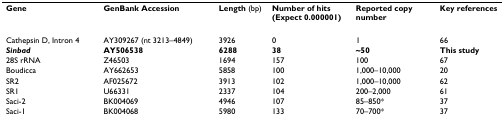
<table><thead><tr><td><b>Gene</b></td><td><b>GenBank Accession</b></td><td><b>Length (bp)</b></td><td><b>Number of hits (Expect 0.000001)</b></td><td><b>Reported copy number</b></td><td><b>Key references</b></td></tr></thead><tbody><tr><td>Cathepsin D, Intron 4</td><td>AY309267 (nt 3213–4849)</td><td>3926</td><td>0</td><td>1</td><td>66</td></tr><tr><td><b><i>Sinbad</i></b></td><td><b>AY506538</b></td><td><b>6288</b></td><td><b>38</b></td><td><b>~50</b></td><td><b>This study</b></td></tr><tr><td>28S rRNA</td><td>Z46503</td><td>1694</td><td>157</td><td>100</td><td>67</td></tr><tr><td>Boudicca</td><td>AY662653</td><td>5858</td><td>100</td><td>1,000–10,000</td><td>20</td></tr><tr><td>SR2</td><td>AF025672</td><td>3913</td><td>102</td><td>1,000–10,000</td><td>62</td></tr><tr><td>SR1</td><td>U66331</td><td>2337</td><td>104</td><td>200–2,000</td><td>61</td></tr><tr><td>Saci-2</td><td>BK004069</td><td>4946</td><td>107</td><td>85–850*</td><td>37</td></tr><tr><td>Saci-1</td><td>BK004068</td><td>5980</td><td>133</td><td>70–700*</td><td>37</td></tr></tbody></table>